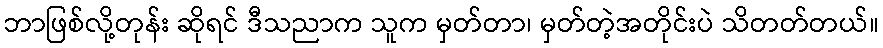
ဘာဖြစ်လို့တုန်း ဆိုရင် ဒီသညာက သူက မှတ်တာ၊ မှတ်တဲ့အတိုင်းပဲ သိတတ်တယ်။